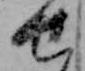
せ